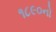
૧૮૯૦નો